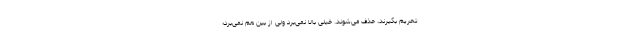
تحریم بگیرند، حذف می‌شوند. خیلی بالا نمی‌برد ولی از بین هم نمی‌برد؛